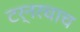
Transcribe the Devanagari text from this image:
टर्नरचाच